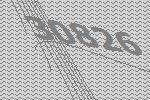
30826